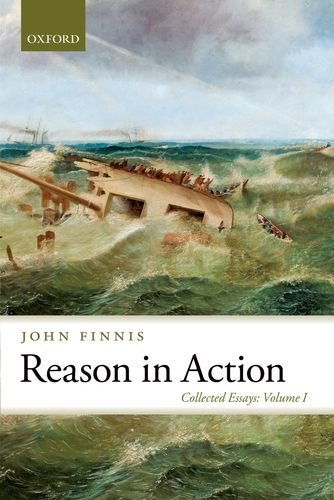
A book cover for Reason in Action: Collected Essays Volume I (Collected Essays of John Finnis); John Finnis; Law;